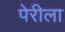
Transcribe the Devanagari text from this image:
पेरीला